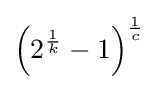
\left(2^{\frac {1}{k}}-1\right)^{\frac {1}{c}}